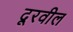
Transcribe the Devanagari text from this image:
दूरवील